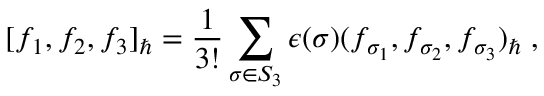
[ f _ { 1 } , f _ { 2 } , f _ { 3 } ] _ { \hbar } = \frac { 1 } { 3 ! } \sum _ { \sigma \in S _ { 3 } } \epsilon ( \sigma ) ( f _ { \sigma _ { 1 } } , f _ { \sigma _ { 2 } } , f _ { \sigma _ { 3 } } ) _ { \hbar } \; ,